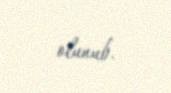
olunub.